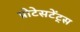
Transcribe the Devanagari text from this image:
प्रोटेसटेंट्स